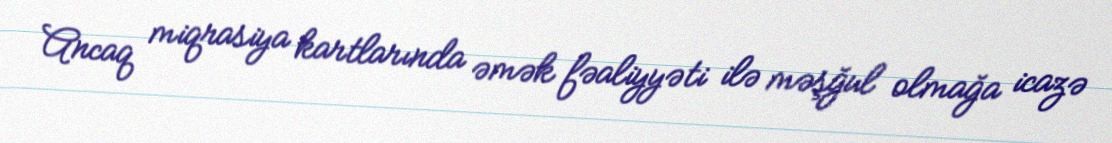
Ancaq miqrasiya kartlarında əmək fəaliyyəti ilə məşğul olmağa icazə